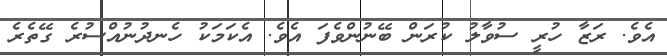
އެވެ. ރަޒާ ހުރީ ސުވާލު ކުރަން ބޭނުންވެފަ އެވެ. އެކަމަކު ހެނދުނުއްސުރެ ގޭތެރެ